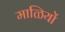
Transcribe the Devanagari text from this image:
माळियों